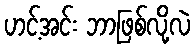
ဟင့်အင်း ဘာဖြစ်လို့လဲ